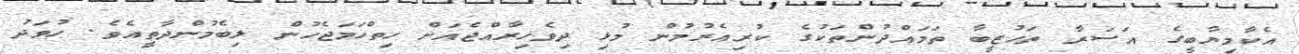
އެކާމިޔާބީގެ އަސަރާ ތަހުޒީބާ ތަމައްދުންތަކުގެ ކުރިއެރުމުން މުޅި ދިވެހިރާއްޖެއަށް ހިތްހަމަޖެހުން ލިބެމުންދާތީއެވެ. ހުވަދު